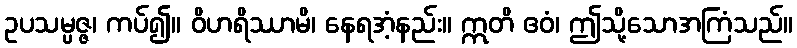
ဥပသမ္ပဇ္ဇ၊ ကပ်၍။ ဝိဟရိဿာမိ၊ နေရအံ့နည်း။ ဣတိ ဧဝံ၊ ဤသို့သောအကြံသည်။